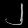
Digit: ၂